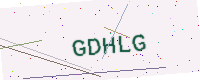
Text: GDHLG